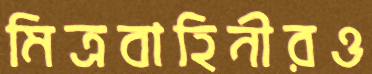
মিত্রবাহিনীরও